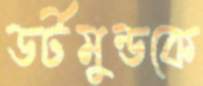
ডর্টমুন্ডকে